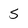
Character: 5